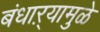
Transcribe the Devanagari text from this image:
बंधाऱ्यामुळे